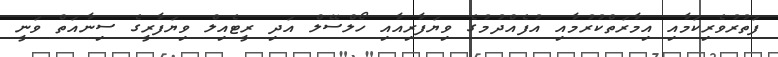
ފަތުރުވެރިކަމާއި އިމާރަތްކުރުމާއި އުފެއްދުމުގެ ވިޔަފާރިއާއި ހޯލްސޭލް އަދި ރީޓެއިލް ވިޔަފާރީގެ ސިނާއަތް ވަނީ